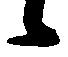
候